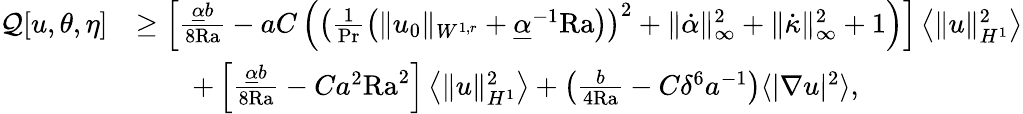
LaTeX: \begin{array}{rl}{\mathcal{Q}[u,\theta,\eta]}&{\geq\left[\frac{\underline{{\alpha}}b}{8\mathrm{{Ra}}}-aC\left(\left(\frac{1}{\mathrm{Pr}}\left(\| u_{0}\| _{W^{1,r}}+\underline{{\alpha}}^{-1}\mathrm{{Ra}}\right)\right)^{2}+\| \dot{\alpha}\| _{\infty}^{2}+\| \dot{\kappa}\| _{\infty}^{2}+1\right)\right]\left\langle\| u\| _{H^{1}}^{2}\right\rangle}\\ &{\qquad+\left[\frac{\underline{{\alpha}}b}{8{\mathrm{Ra}}}-Ca^{2}\mathrm{{Ra}}^{2}\right]\left\langle\| u\| _{H^{1}}^{2}\right\rangle+\left(\frac{b}{4{\mathrm{Ra}}}-C\delta^{6}a^{-1}\right)\langle|\nabla u|^{2}\rangle,}\end{array}